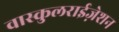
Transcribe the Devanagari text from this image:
वास्कुलराईज़ेशन